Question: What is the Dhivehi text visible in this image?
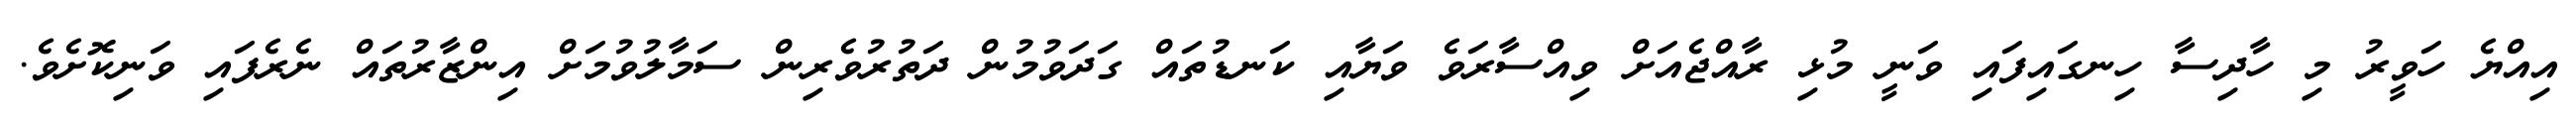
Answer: އިއްޔެ ހަވީރު މި ހާދިސާ ހިނގައިފައި ވަނީ މުޅި ރާއްޖެއަށް ވިއްސާރަވެ ވަޔާއި ކަނޑުތައް ގަދަވުމުން ދަތުރުވެރިން ސަމާލުވުމަށް އިންޒާރުތައް ނެރެފައި ވަނިކޮށެވެ.